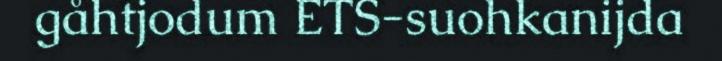
gåhtjodum ETS-suohkanijda